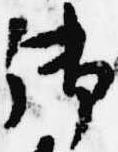
御